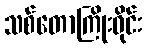
သစ်တောကြိုးဝိုင်း